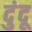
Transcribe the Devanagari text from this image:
दुंदू